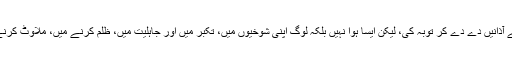
کیونکہ سب نے رو رو کر دعا ئیں مانگیں، سب نے آذانیں دے دے کر توبہ کی، لیکن ایسا ہوا نہیں بلکہ لوگ اپنی شوخیوں میں، تکبر میں اور جاہلیت میں، ظلم کرنے میں، ملاوٹ کرنے میں، بے ایمانی میں، غیبت میں، دھوکہ دہی ہیں۔